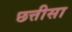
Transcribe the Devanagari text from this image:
छत्तीसा